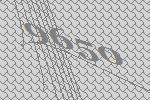
9650